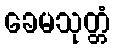
ခေမသုတ္တံ